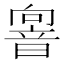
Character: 𩐢